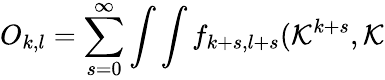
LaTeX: O_{k,l}=\sum_{s=0}^{\infty}\int\int f_{k+s,l+s}({\cal K}^{k+s},{\cal K}